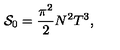
{ \cal S } _ { 0 } = \frac { \pi ^ { 2 } } { 2 } N ^ { 2 } T ^ { 3 } ,